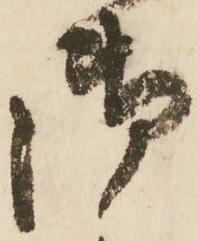
御